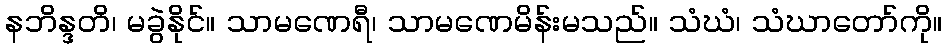
နဘိန္ဒတိ၊ မခွဲနိုင်။ သာမဏေရီ၊ သာမဏေမိန်းမသည်။ သံဃံ၊ သံဃာတော်ကို။